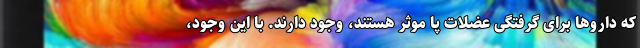
که داروها برای گرفتگی عضلات پا موثر هستند، وجود دارند. با این وجود،